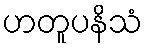
ဟတူပနိသံ